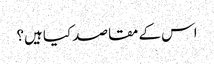
اس کے مقاصد کیا ہیں؟